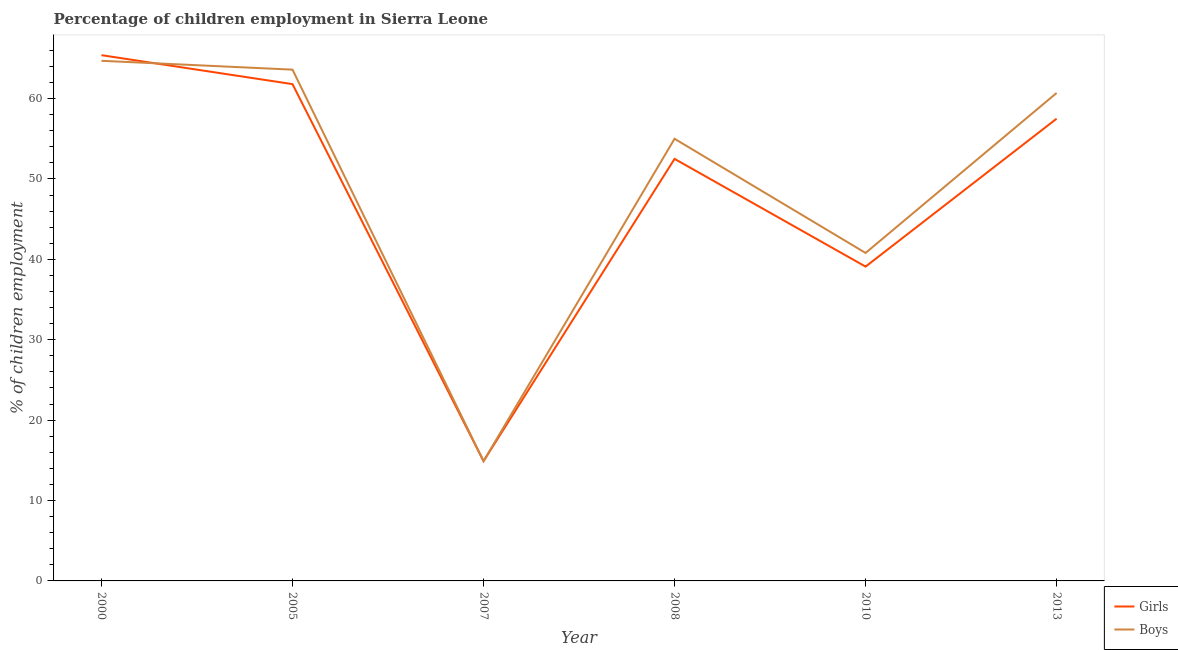
| Year | Girls | Boys |
 | --- | --- | --- |
 | 2000 | 65.4 | 64.7 |
 | 2005 | 61.8 | 63.6 |
 | 2007 | 14.9 | 14.9 |
 | 2008 | 52.5 | 55 |
 | 2010 | 39.1 | 40.8 |
 | 2013 | 57.5 | 60.7 |